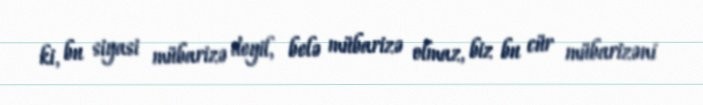
ki, bu siyasi mübarizə deyil, belə mübarizə olmaz, biz bu cür mübarizəni